Civil Veterinary Dept. Assam report 1911-1927 - 1911-1927
Year: 1911
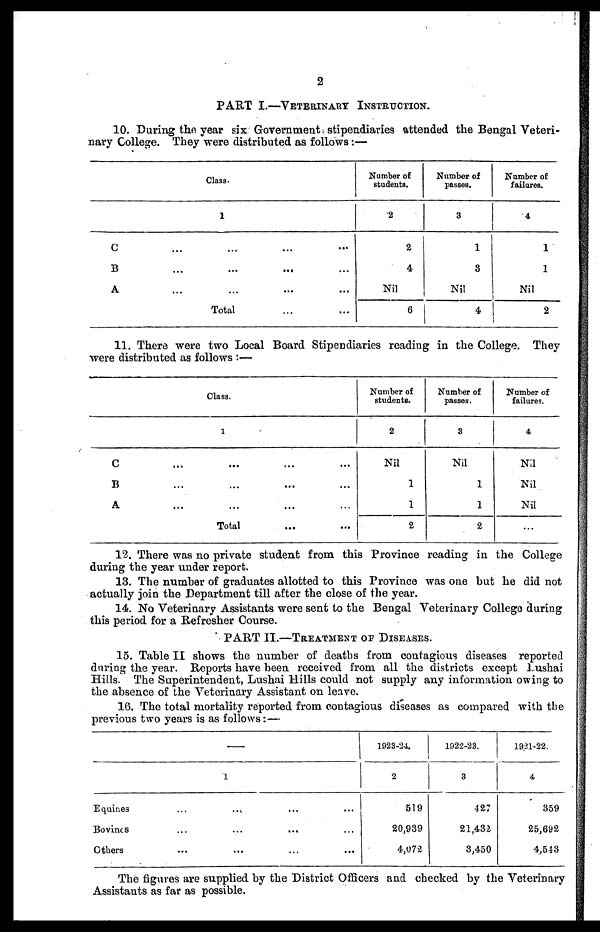
2
PART I.—VETERINARY INSTRUCTION.
10. During the year six Government stipendiaries attended the Bengal Veteri-
nary College. They were distributed as follows:—
Class.
1
C
...
...
...
...
B
...
...
...
...
A
...
...
...
...
Total
...
...
Number of
students.
2
2
4
Nil
6
Number of
passes.
3
1
8
Nil
4
Number of
failures.
4
1
1
Nil
2
11. There were two Local Board Stipendiaries reading in the College. They
were distributed as follows:—
Class.
1
C
...
...
...
...
B
...
...
...
...
A
...
...
... ...
Total
...
...
Number of
students.
2
Nil
1
1
2
Number of
passes.
3
Nil
1
1
2
Number of
failures.
4
Nil
Nil
Nil
...
12. There was no private student from this Province reading in the College
during the year under report.
18. The number of graduates allotted to this Province was one but he did not
actually join the Department till after the close of the year.
14. No Veterinary Assistants were sent to the Bengal Veterinary College during
this period for a Refresher Course.
PART II.—TREATMENT OF DISEASES.
15. Table II shows the number of deaths from contagious diseases reported
during the year. Reports have been received from all the districts except Lushai
Hills. The Superintendent, Lushai Hills could not supply any information owing to
the absence of the Veterinary Assistant on leave.
16. The total mortality reported from contagious diseases as compared with the
previous two years is as follows:—
1
Equines
Bovines
Others
...
...
...
...
...
...
...
...
...
...
...
...
1923-24.
2
519
20,989
4,072
1922-23.
3
427
21,432
8,450
1921-22.
4
859
25,692
4,548
The figures are supplied by the District Officers and checked by the Veterinary
Assistants as far as possible.